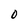
Character: O